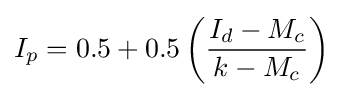
I_{p}=0.5+0.5\left({\frac {I_{d}-M_{c}}{k-M_{c}}}\right)